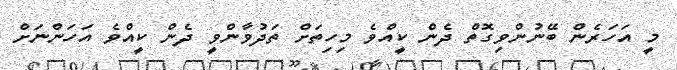
މީ އަހަރެން ބޭނުންވިގޮތް ދެން ކީއްވެ މިހިތަށް ތަދުވާންވީ ދެން ކީއްވެ އަހަންނަށް